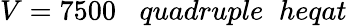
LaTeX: V=7500\; \; \; quadruple\; \; heqat